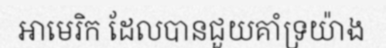
អាមេរិក ដែលបានជួយគាំទ្រយ៉ាង